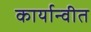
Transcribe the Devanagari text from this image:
कार्यान्‍वीत